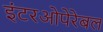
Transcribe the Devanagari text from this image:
इंटरओपेरेबल